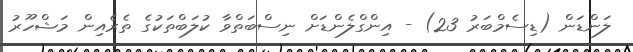
ލަންޑަން (ޑިސެމްބަރު 23) - އިންގްލެންޑަށް ނިސްބަތްވާ ކުލަބްތަކުގެ ތެރެއިން މަޝްހޫރު